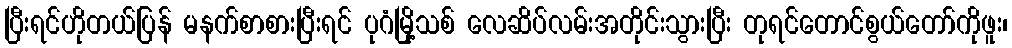
ပြီးရင်ဟိုတယ်ပြန် မနက်စာစားပြီးရင် ပုဂံမြို့သစ် လေဆိပ်လမ်းအတိုင်းသွားပြီး တုရင်တောင်စွယ်တော်ကိုဖူး၊